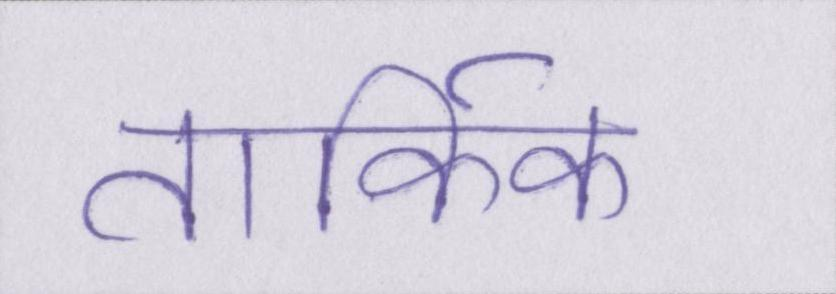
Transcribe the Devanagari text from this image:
तार्किक